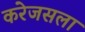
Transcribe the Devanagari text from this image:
करेजसला